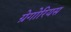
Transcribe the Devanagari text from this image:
ग्रेगोरियस